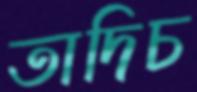
তাদিচ